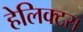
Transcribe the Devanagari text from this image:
हेलिक्टस